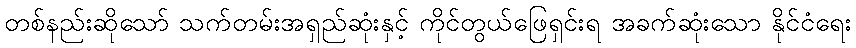
တစ်နည်းဆိုသော် သက်တမ်းအရှည်ဆုံးနှင့် ကိုင်တွယ်ဖြေရှင်းရ အခက်ဆုံးသော နိုင်ငံရေး